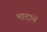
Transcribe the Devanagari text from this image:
भाटान